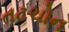
તટચોન